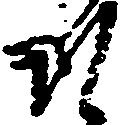
そ